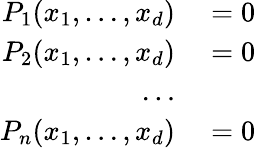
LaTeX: \begin{array}{rl}{P_{1}(x_{1},\ldots,x_{d})}&{{}=0}\\ {P_{2}(x_{1},\ldots,x_{d})}&{{}=0}\\ {\ldots}&{{}}\\ {P_{n}(x_{1},\ldots,x_{d})}&{{}=0}\end{array}